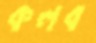
কলব